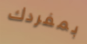
بمفردك